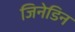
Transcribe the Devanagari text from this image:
जिनेडिन